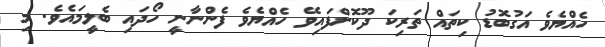
ހެއްޔެވެ އަގުބޮޑު ކިތައް ތަރިކަ ދޫކޮށްފައިވޭ ހެއްޔެވެ ފެންނާނީ ހޯދައި ބެލީމައެވެ. މި